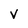
Character: v